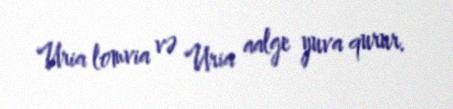
Uria lomvia və Uria aalge yuva qurur.